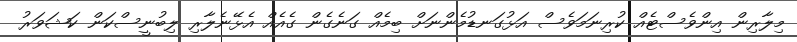
މިލާރިން އިންވެސްޓެއް ކުރިނަމަވެސް އަޅުގަނޑުމެންނަށް ބިމެއް ގަނެގެން ގެއެއް އެޅޭނެލާރި ލިބުނީސްކަން ކަޝަވަރު